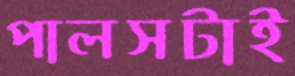
পালসটাই